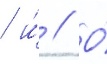
/ и́ // О́